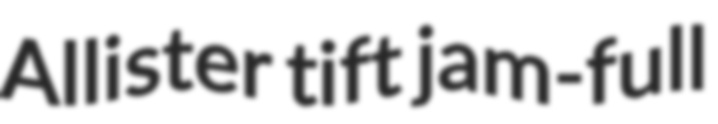
Allister tift jam-full